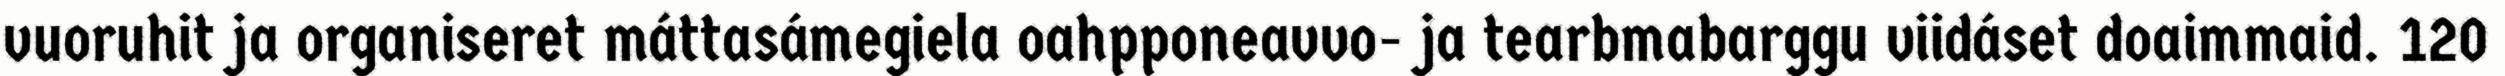
vuoruhit ja organiseret máttasámegiela oahpponeavvo- ja tearbmabarggu viidáset doaimmaid. 120